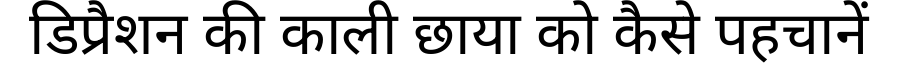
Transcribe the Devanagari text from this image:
डिप्रैशन की काली छाया को कैसे पहचानें